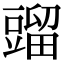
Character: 䝀